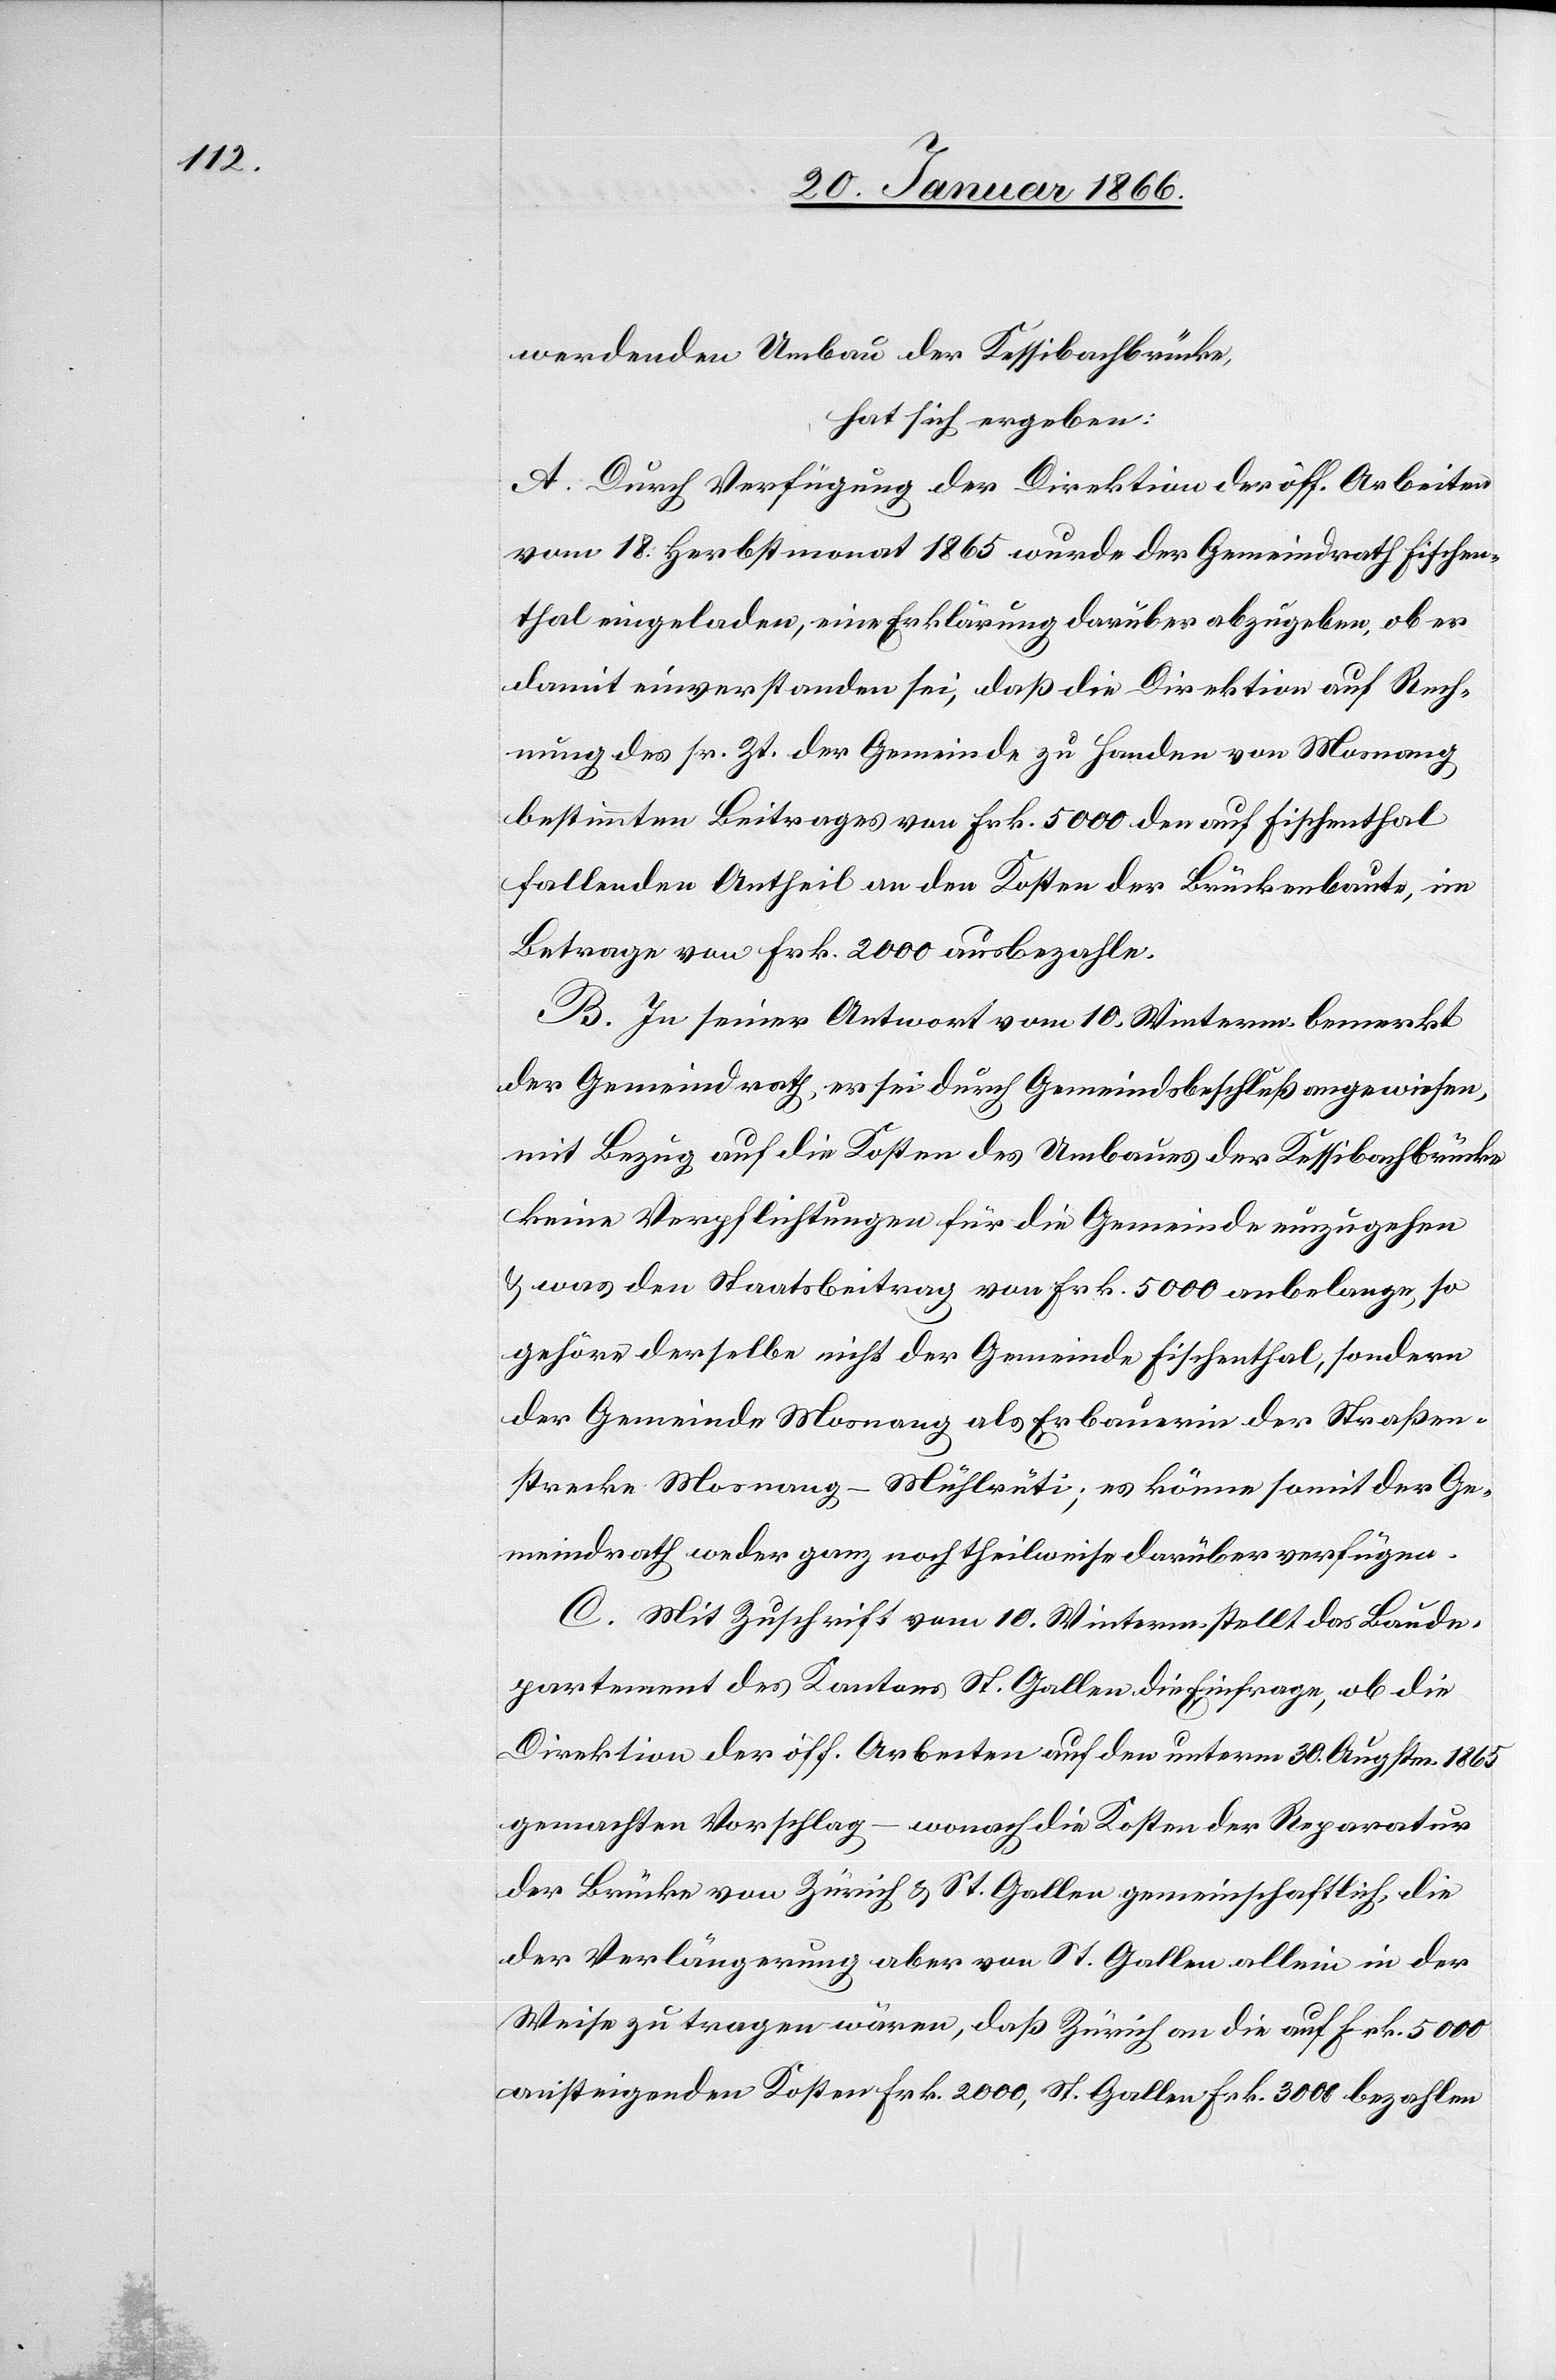
werdenden Umbau der Kessibachbrücke,
hat sich ergeben:
A. Durch Verfügung der Direktion der öff. Arbeiten
vom 18. Herbstmonat 1865 wurde der Gemeindrath Fischen¬
thal eingeladen, eine Erklärung darüber abzugeben, ob er
damit einverstanden sei, daß die Direktion auf Rech¬
nung des sr. Zt. der Gemeinde zu Handen von Mosnang
bestimmten Beitrages von Frk. 5000 den auf Fischenthal
fallenden Antheil an den Kosten der Brückenbaute, im
Betrage von Frk. 2000 ausbezahle.
B. In seiner Antwort vom 10. Winterm. bemerkt
der Gemeindrath, er sei durch Gemeindsbeschluß angewiesen,
mit Bezug auf die Kosten des Umbaues der Kessibachbrücke
keine Verpflichtungen für die Gemeinde einzugehen
u. was den Staatsbeitrag von Fr. 5000 anbelange, so
gehöre derselbe nicht der Gemeinde Fischenthal, sondern
der Gemeinde Mosnang als Erbauerin der Straßen¬
strecke Mosnang–Mühlrüti; es könne somit der Ge¬
meindrath weder ganz noch theilweise darüber verfügen.
C. Mit Zuschrift vom 10. Winterm. stellt das Baude¬
partement des Kantons St. Gallen die Einfrage, ob die
Direktion der öff. Arbeiten auf den unterm 30. Augstm. 1865
gemachten Vorschlag – wonach die Kosten der Reparatur
der Brücke von Zürich u. St. Gallen gemeinschaftlich, die
der Verlängerung aber von St. Gallen allein in der
Weise zu tragen wären, daß Zürich an die auf Frk. 5000
ansteigenden Kosten Frk. 2000, St. Gallen Frk. 3000 bezahlen